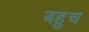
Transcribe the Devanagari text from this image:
बहुच